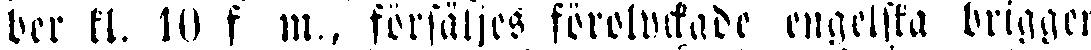
der kl. 10 f m., försäljes förolyckade engelska briggen